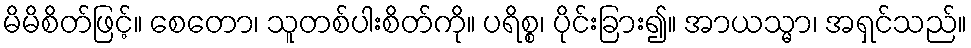
မိမိစိတ်ဖြင့်။ စေတော၊ သူတစ်ပါးစိတ်ကို။ ပရိစ္စ၊ ပိုင်းခြား၍။ အာယသ္မာ၊ အရှင်သည်။